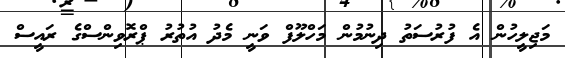
މަޖިލީހުން އެ ފުރުސަތު ދިނުމުން މަހްލޫފް ވަނީ މެދު އުތުރު ޕްރޮވިންސްގެ ރައީސް